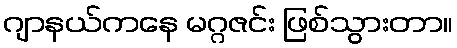
ဂျာနယ်ကနေ မဂ္ဂဇင်း ဖြစ်သွားတာ။